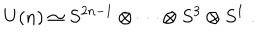
LaTeX: U ( n ) \simeq S ^ { 2 n - 1 } \otimes \cdots \otimes S ^ { 3 } \otimes S ^ { 1 } \; .